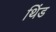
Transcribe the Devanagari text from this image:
थिंड